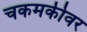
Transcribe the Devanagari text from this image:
चकमकीवर